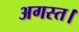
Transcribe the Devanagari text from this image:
अगस्त।